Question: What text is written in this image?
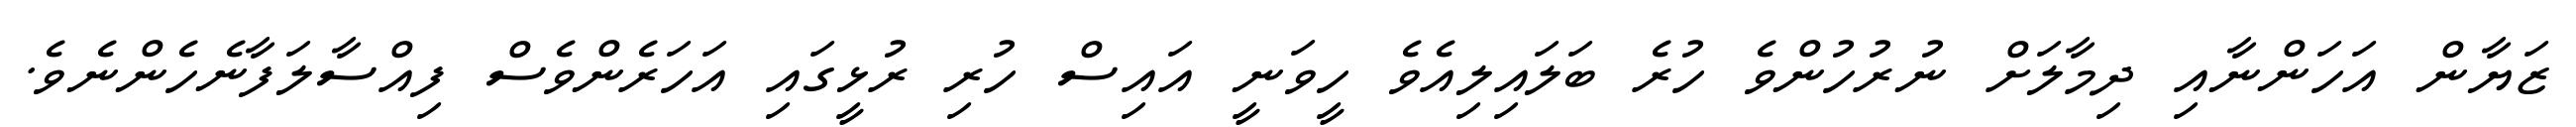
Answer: ޒަޔާން އަހަންނާއި ދިމާލަށް ނުރުހުންވެ ހުރެ ބަލައިލިއެވެ ހީވަނީ އައިސް ހުރި ރުޅީގައި އަހަރެންވެސް ފިއްސާލަފާނެހެންނެވެ.